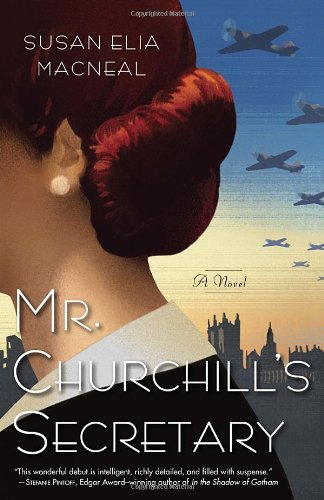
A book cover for Mr. Churchill's Secretary: A Maggie Hope Mystery; Susan Elia MacNeal; Mystery, Thriller & Suspense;